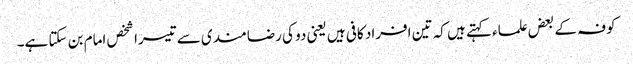
کوفہ کے بعض علماء کہتے ہیں کہ تین افراد کافی ہیں یعنی دو کی رضامندی سے تیسرا شخص امام بن سکتا ہے۔